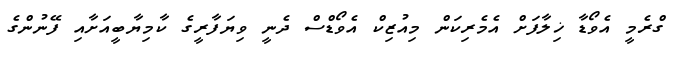
ގްރެމީ އެވޯޑާ ޚިލާފަށް އެމެރިކަން މިއުޒިކް އެވޯޑްސް ދެނީ ވިޔަފާރީގެ ކާމިޔާބީއަށާއި ފޭނުންގެ